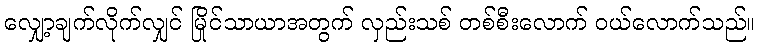
လျှော့ချက်လိုက်လျှင် မြိုင်သာယာအတွက် လှည်းသစ် တစ်စီးလောက် ဝယ်လောက်သည်။